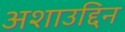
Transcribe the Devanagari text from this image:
अशाउद्दिन